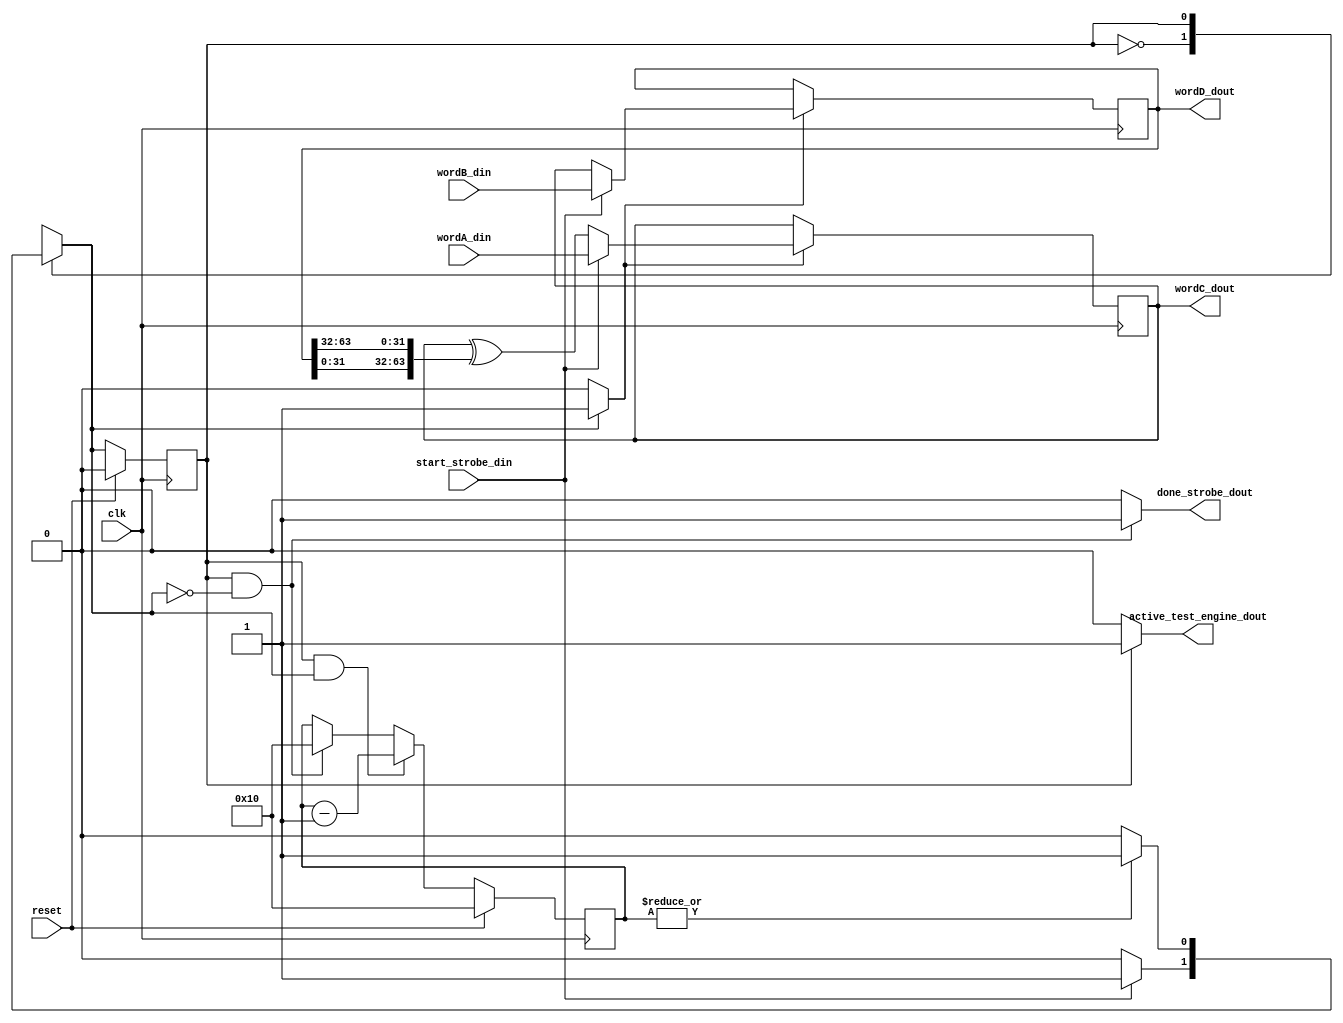
module test_engine 	#(
						parameter ROUNDS = 16
					)
	(
		input wire clk,
		input wire reset,

	// -- inputs ------------------------------------------------- >>>>>
		input wire 			start_strobe_din,

		input wire [63:0]	wordA_din,
		input wire [63:0]	wordB_din,

	// -- outputs ------------------------------------------------ >>>>>
		output wire 		done_strobe_dout,
		output wire 		active_test_engine_dout,
		output wire [63:0]	wordC_dout,
		output wire [63:0]	wordD_dout
	);


// -- Local parameters ------------------------------------------- >>>>>
	localparam IDLE 	= 1'b0;
	localparam ACTIVE 	= 1'b1;

	localparam RND_WIDTH = clog2(ROUNDS);




// -- Controlpath ------------------------------------------------ >>>>>
	/*-- Contador de rondas -------------------------------------- >>>>>
		
		-- Descripcion:	Contador de rondas. El numero de rondas que se 
						han llevado a cabo durante la ejecucion en 
						curso.

						El contador ejecuta la cuenta de manera inversa,
						terminando su operacion al llegar a 0. 

	// -------------------------------------------------------------- */
		reg 	[RND_WIDTH-1:0] round_counter_reg;
		wire 	[RND_WIDTH-1:0] round_counter_next;

		
		// --  Elemento de memoria ------------------------------- >>>>>
			always @(posedge clk)
				if (reset)
					round_counter_reg <= ROUNDS;
				else
					round_counter_reg <= round_counter_next;

		// -- Logica de estado siguiente ------------------------- >>>>>
			assign round_counter_next = (state_reg  == ACTIVE && state_next == ACTIVE) 	? round_counter_reg - 1'b1	:
										(state_reg  == ACTIVE && state_next == IDLE)	? ROUNDS 					:
										round_counter_reg;




	// -- FSM ---------------------------------------------------- >>>>>
		/* -- Elementos de memoria ------------------------------- >>>>>

			-- Descripcion:	Maquina de estados para el control de flujo
							de datos a travez del datapath. Solo se
							tienen 2 estados: IDLE y ACTIVE.

							IDLE:	Estado de reposo. No se lleva a cabo
									trabajo durante este estado.

							ACTIVE:	Estado de trabajo, se ejecuta 
									durante ROUNDS + 1 ciclos de reloj.
									El ciclo extra se utiliza para la
									captura de los nuevos datos de 
									trabajo, los restantes son para el
									procesamiento de los datos. 

		// ---------------------------------------------------------- */
		reg 	state_reg;
		reg 	state_next;

			always @(posedge clk)
				if (reset)
					state_reg <= IDLE;
				else
					state_reg <= state_next;

		// -- State Next logic ----------------------------------- >>>>>
		always @(*)
			begin
				state_next = state_reg;

				case (state_reg)
					IDLE: 	
						if (start_strobe_din)
							state_next = ACTIVE;

					ACTIVE:
						if (~|round_counter_reg)
							state_next = IDLE;
				endcase
			end

		/* -- Logica de  salida ---------------------------------- >>>>>

			-- Descripcion:	Seales de salida para datapath y para fuera
							del modulo. 

								active_test_engine: indicador que el 
								nucleo se encuentra dentro de un loop de
								procesamiento.

								word_ena: Habilitador de registros de 
								trabajo (wordA y wordB).

								done_strobe: pulso de finalizacion de 
								loop de procesamiento. Indica que los
								datos en los puertos de salida wordC y
								wordD son validos. 

		// ---------------------------------------------------------- */
		wire word_ena;

		assign active_test_engine_dout = (state_reg  == ACTIVE)							? 1'b1 : 1'b0;
		assign word_ena 			   = (state_next == ACTIVE) 						? 1'b1 : 1'b0;
		assign done_strobe_dout 	   = (state_reg  == ACTIVE && state_next == IDLE) 	? 1'b1 : 1'b0;

		




// -- Datapath --------------------------------------------------- >>>>>

	// -- Registers ---------------------------------------------- >>>>>
	reg 	[63:0]	wordA_reg;
	wire 	[63:0]	wordA_next;

	reg 	[63:0]	wordB_reg;
	wire 	[63:0]	wordB_next;

	// -- Registros A y B ---------------------------------------- >>>>>
		always @(posedge clk)
			if (word_ena)
				wordA_reg <= wordA_next;

		always @(posedge clk)
			if (word_ena)
				wordB_reg <= wordB_next;
	
	/* -- Next State Logic --------------------------------------- >>>>>

		-- Descripcion: Multiplexores para la seleccion de nuevos
						valores para los registros de trabajo.

	// -------------------------------------------------------------- */
		assign wordA_next = (start_strobe_din) 	? wordA_din : wordA_reg ^ {wordB_reg[31:0], wordB_reg[63:32]};
		assign wordB_next = (start_strobe_din)	? wordB_din : wordA_reg;


	// -- Salidas ------------------------------------------------ >>>>>
		assign wordC_dout = wordA_reg;
		assign wordD_dout = wordB_reg;





// -- Codigo no sintetizable ------------------------------------- >>>>>

	// -- Funciones ---------------------------------------------- >>>>>

			//  Funcion de calculo: log2(x) ---------------------- >>>>>
			function integer clog2;
				input integer depth;
					for (clog2=0; depth>0; clog2=clog2+1)
						depth = depth >> 1;
			endfunction

endmodule